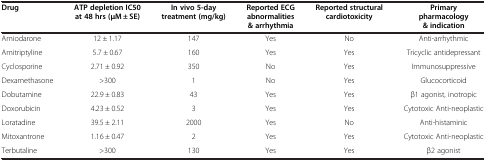
<table><thead><tr><td><b>Drug</b></td><td><b>ATP depletion IC50 at 48 hrs (μM ± SE)</b></td><td><b>In vivo 5-day treatment (mg/kg)</b></td><td><b>Reported ECG abnormalities &amp; arrhythmia</b></td><td><b>Reported structural cardiotoxicity</b></td><td><b>Primary pharmacology &amp; indication</b></td></tr></thead><tbody><tr><td>Amiodarone</td><td>12 ± 1.17</td><td>147</td><td>Yes</td><td>No</td><td>Anti-arrhythmic</td></tr><tr><td>Amitriptyline</td><td>5.7 ± 0.67</td><td>160</td><td>Yes</td><td>Yes</td><td>Tricyclic antidepressant</td></tr><tr><td>Cyclosporine</td><td>2.71 ± 0.92</td><td>350</td><td>No</td><td>Yes</td><td>Immunosuppressive</td></tr><tr><td>Dexamethasone</td><td>&gt;300</td><td>1</td><td>No</td><td>Yes</td><td>Glucocorticoid</td></tr><tr><td>Dobutamine</td><td>22.9 ± 0.83</td><td>43</td><td>Yes</td><td>Yes</td><td>β1 agonist, inotropic</td></tr><tr><td>Doxorubicin</td><td>4.23 ± 0.52</td><td>3</td><td>Yes</td><td>Yes</td><td>Cytotoxic Anti-neoplastic</td></tr><tr><td>Loratadine</td><td>39.5 ± 2.11</td><td>2000</td><td>Yes</td><td>No</td><td>Anti-histaminic</td></tr><tr><td>Mitoxantrone</td><td>1.16 ± 0.47</td><td>2</td><td>Yes</td><td>Yes</td><td>Cytotoxic Anti-neoplastic</td></tr><tr><td>Terbutaline</td><td>&gt;300</td><td>130</td><td>Yes</td><td>Yes</td><td>β2 agonist</td></tr></tbody></table>